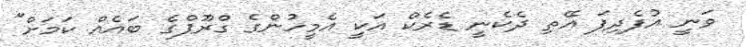
ވަނީ އުފެދިފަ އޭތި ދެކެނީ ޑެރެކް އަކީ އެމީހުންގެ ގްރޫޕްގެ ބައެއް ކަމަށް"